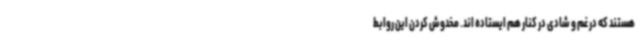
هستند که در غم و شادی در کنار هم ایستاده اند. مخدوش کردن این روابط